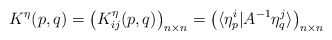
\begin{align*}K^{\eta}(p,q)=\left(K_{ij}^{\eta}(p,q)\right)_{n\times n}=\left(\langle\eta_p^i|A^{-1}\eta_q^j\rangle\right)_{n\times n}\end{align*}